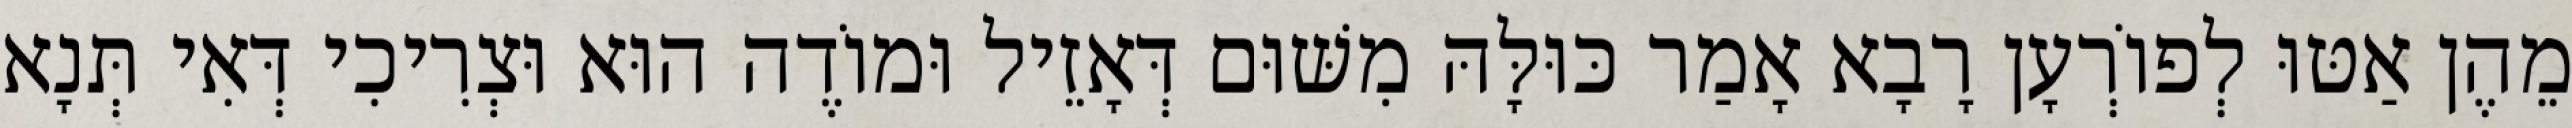
מֵהֶן אַטּוּ לְפוֹרְעָן רָבָא אָמַר כּוּלָּהּ מִשּׁוּם דְּאָזֵיל וּמוֹדֶה הוּא וּצְרִיכִי דְּאִי תְּנָא